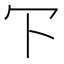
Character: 㓀